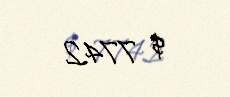
$ 7742